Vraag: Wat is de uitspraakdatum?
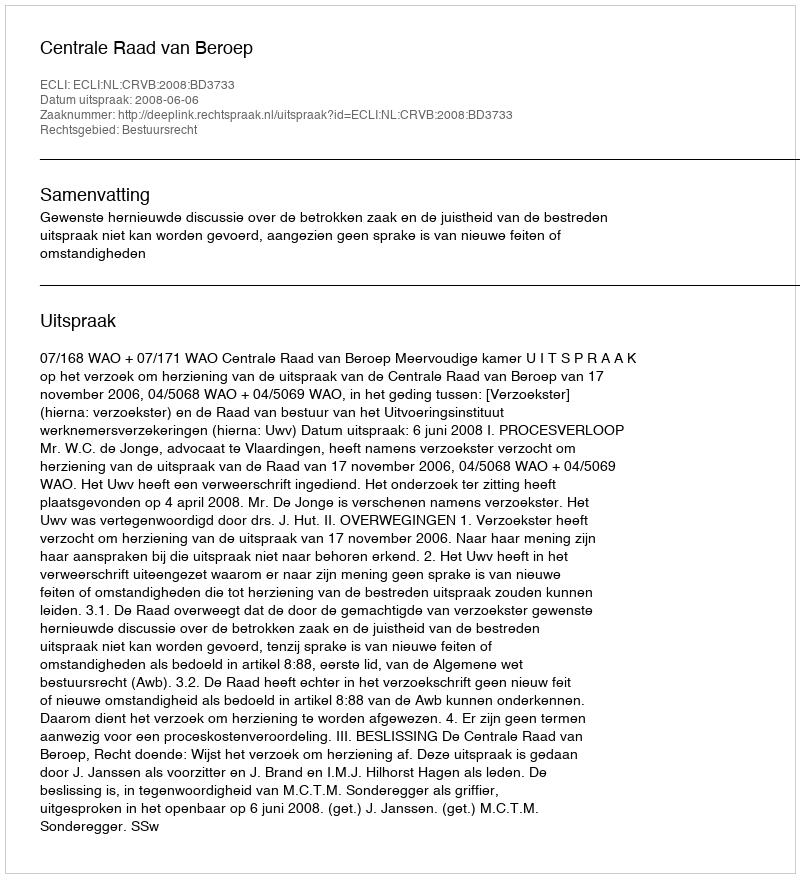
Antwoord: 2008-06-06